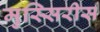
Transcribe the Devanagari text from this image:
मुस्सिरीस